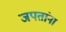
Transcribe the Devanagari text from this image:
जपतांना